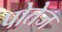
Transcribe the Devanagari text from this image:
पोतेज